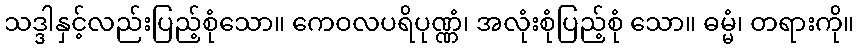
သဒ္ဒါနှင့်လည်းပြည့်စုံသော။ ကေဝလပရိပုဏ္ဏံ၊ အလုံးစုံပြည့်စုံ သော။ ဓမ္မံ၊ တရားကို။